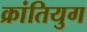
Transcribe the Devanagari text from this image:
क्रांतियुग